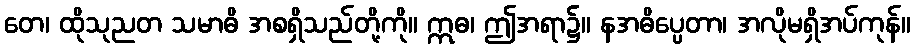
တေ၊ ထိုသုညတ သမာဓိ အစရှိသည်တို့ကို။ ဣဓ၊ ဤအရာ၌။ နအဓိပ္ပေတာ၊ အလိုမရှိအပ်ကုန်။